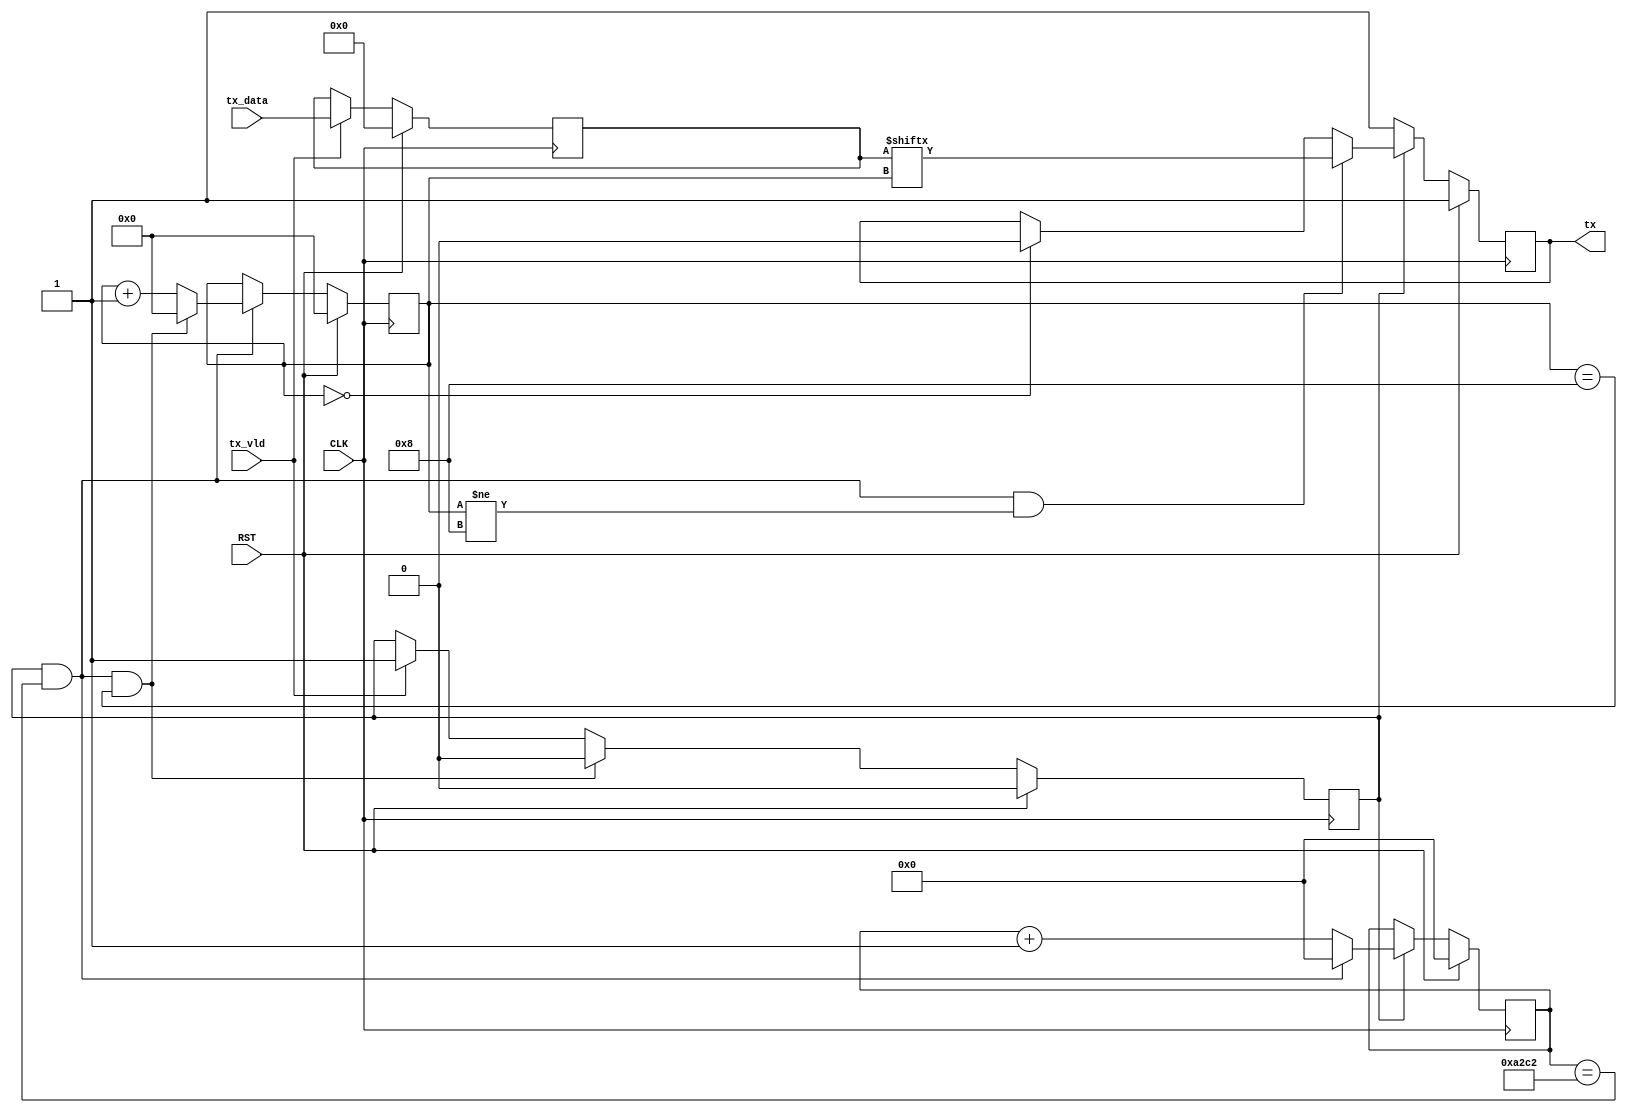
`timescale 1ns / 1ps
//////////////////////////////////////////////////////////////////////////////////
// Company: 
// Engineer: 
// 
// Design Name: 
// Module Name: bluetooth_tx
// Project Name: 
// Target Devices: 
// Tool Versions: 
// Description: 
// 
// Dependencies: 
// 
// Revision:
// Revision 0.01 - File Created
// Additional Comments:
// 
//////////////////////////////////////////////////////////////////////////////////


module bluetooth_tx(
    input CLK,//100MHZ clock from W5
    input RST,
    input [7:0] tx_data,
    input tx_vld,
    output reg tx
    );
    //1200bps 
    parameter bps_end=41667;
    parameter bit_end=9;
    reg [7:0] temp_data;
    reg tx_flag;
    reg [29:0] bps_cnt;
    reg [4:0] bit_cnt;
    wire start_bps_cnt,end_bps_cnt;
    wire start_bit_cnt,end_bit_cnt;
    assign start_bps_cnt=tx_flag;
    assign end_bps_cnt=start_bps_cnt && (bps_cnt==bps_end-1);
    assign start_bit_cnt=end_bps_cnt;
    assign end_bit_cnt=start_bit_cnt && (bit_cnt==(bit_end-1));
    
    always @ (posedge CLK)begin
        if(RST) temp_data<=8'b0;
        else if (tx_vld) temp_data<=tx_data;
        else temp_data<=temp_data;
    end
    
    always @ (posedge CLK)begin
        if(RST) tx_flag<=0;
        else if(end_bit_cnt)tx_flag<=0;
        else if (tx_vld) tx_flag<=1;
        else tx_flag<=tx_flag;
    end
    
    always @ (posedge CLK)begin
        if (RST)
            bps_cnt<=5'b0;
        else if(start_bps_cnt)begin
            if(end_bps_cnt) bps_cnt<=0;
            else bps_cnt<=bps_cnt+1'b1;
        end
        else bps_cnt<=bps_cnt;
    end
    
    always @ (posedge CLK)begin
        if(RST)bit_cnt<=5'b0;
        else if(start_bit_cnt)begin
            if(end_bit_cnt) bit_cnt<=0;
            else bit_cnt<=bit_cnt+1'b1;
        end
        else bit_cnt<=bit_cnt;
    end
        
    always @ (posedge CLK) begin
        if(RST) tx<=1;
        else if(tx_flag)begin
            if(start_bit_cnt&&(bit_cnt!=bit_end-1))
                tx<=temp_data[bit_cnt];
            else if(bit_cnt==0)
                tx<=0;
            else tx<=tx;
        end
        else tx<=1;
    end
endmodule